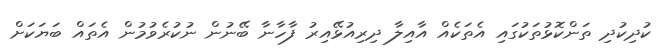
ކުދިކުދި ތަންކޮޅުތަކުގައި އެތަކެއް އާއިލާ ދިރިއުޅޭއިރު ފާހާނާ ބޭނުން ނުކުރެވުމުން އެތައް ބަޔަކަށް